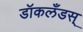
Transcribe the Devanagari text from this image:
डॉकलँडस्